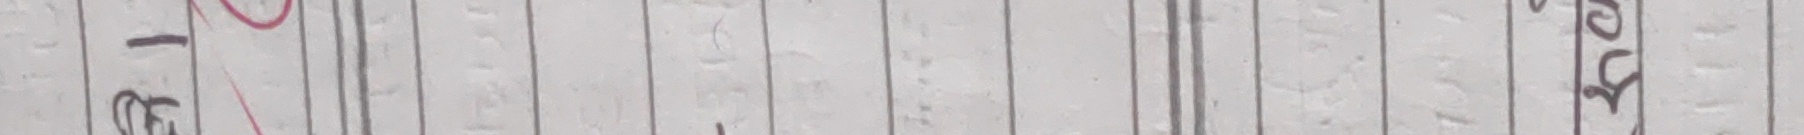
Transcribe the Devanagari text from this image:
छोड्‌ने